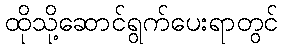
ထိုသို့ဆောင်ရွက်ပေးရာတွင်